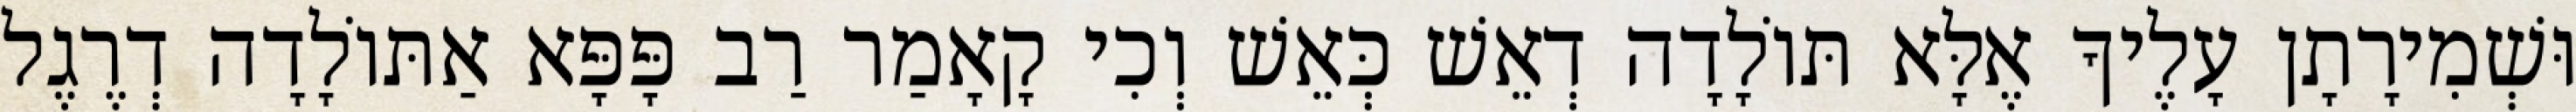
וּשְׁמִירָתָן עָלֶיךָ אֶלָּא תּוֹלָדָה דְאֵשׁ כְּאֵשׁ וְכִי קָאָמַר רַב פָּפָּא אַתּוֹלָדָה דְרֶגֶל